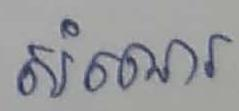
សំណេរ